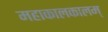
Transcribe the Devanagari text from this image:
महाकालकालम्